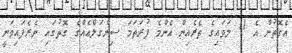
އެގޮތުން އެ 11 ލަވައިގެ ތެރެއިން އެންމެ ފުރަތަމަ ސިންގަލްއެއްގެ ގޮތުގައި ނެރެފައިވަނީ